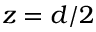
z = d / 2